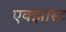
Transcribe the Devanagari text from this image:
एक्झॉस्ट